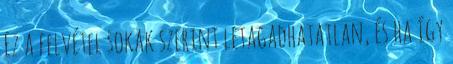
Ez a felvétel sokak szerint letagadhatatlan, és ha így